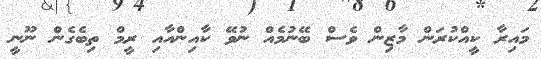
މައިރާ ކީއްކުރަން މާޒިން ވެސް ބޭނުމެއް ނުވޭ ކާއިންއާއި ރީމް ތިބެގެން ނޫނީ